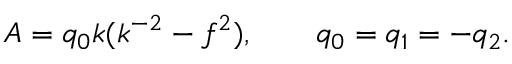
A = q _ { 0 } k ( k ^ { - 2 } - f ^ { 2 } ) , \ \ \ \ \ \ q _ { 0 } = q _ { 1 } = - q _ { 2 } .